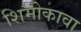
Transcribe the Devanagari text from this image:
शिमोकावा